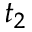
t _ { 2 }